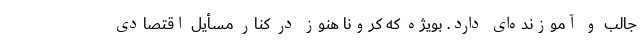
جالب و آموزنده‌ای دارد. بویژه که کرونا هنوز در کنار مسأیل اقتصادی